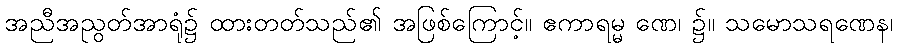
အညီအညွတ်အာရုံ၌ ထားတတ်သည်၏ အဖြစ်ကြောင့်။ ဧကာရမ္မ ဏေ၊ ၌။ သမောသရဏေန၊